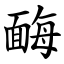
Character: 䩈